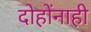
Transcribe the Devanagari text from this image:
दोहोंनाही